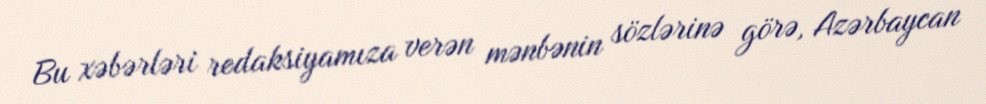
Bu xəbərləri redaksiyamıza verən mənbənin sözlərinə görə, Azərbaycan